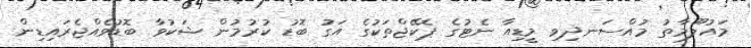
މައުލޫމާތު މުއްސަނދިވި މީޑިއާ ނެޓުގެ ޕެކޭޖްތަކުގެ އަގު ބޮޑު ކުރުމުން ޝަކުވާ ބޮޑުވެއްޖެރައިޑިން